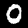
Label: 0